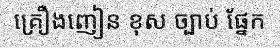
គ្រឿងញៀន ខុស ច្បាប់ ផ្នែក